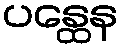
ပန္ထေန